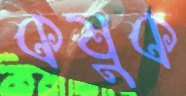
কষুক